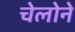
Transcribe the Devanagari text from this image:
चेलोने